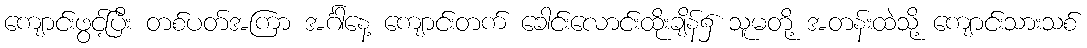
ကျောင်းဖွင့်ပြီး တစ်ပတ်အကြာ အင်္ဂါနေ့ ကျောင်းတက် ခေါင်းလောင်းထိုးချိန်၌ သူမတို့ အတန်းထဲသို့ ကျောင်းသားသစ်